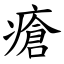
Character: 瘡